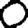
Digit: 0